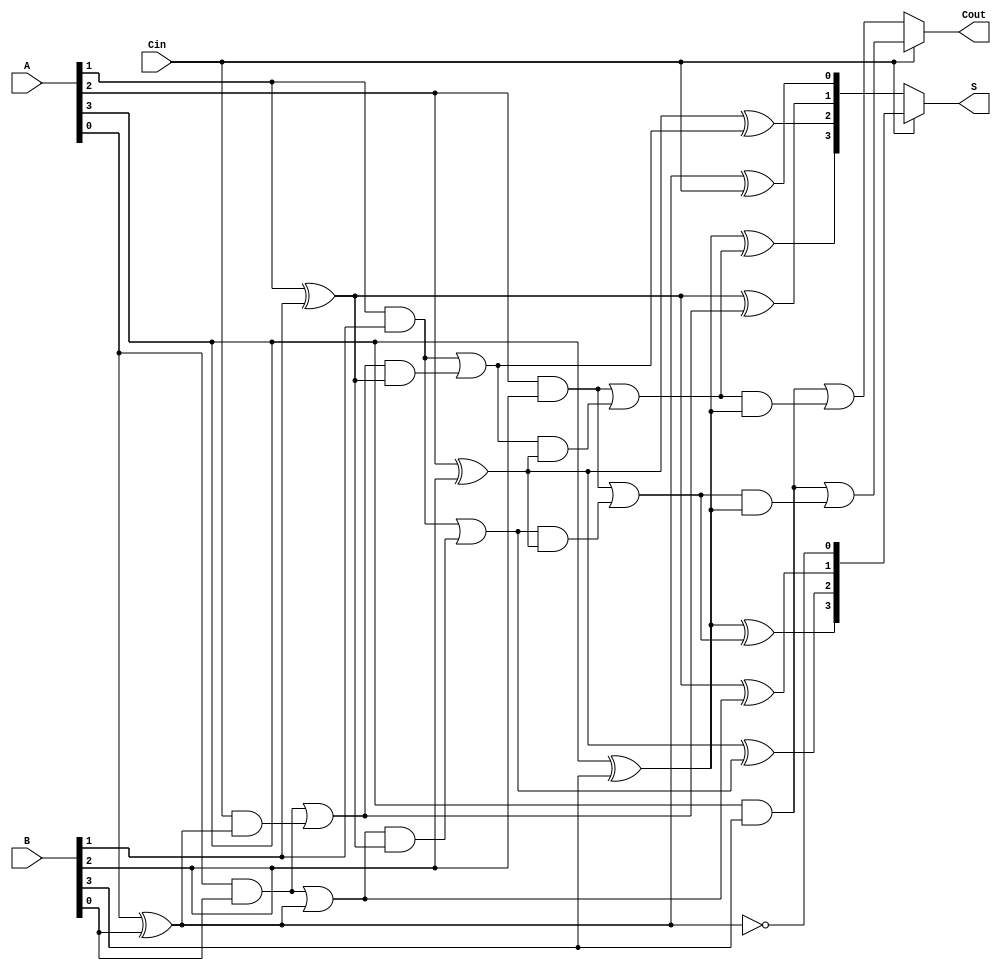
module CCSA #(parameter N = 4) (
    input  [N-1:0] A,      // First n-bit input
    input  [N-1:0] B,      // Second n-bit input
    input         Cin,      // Carry-in
    output [N-1:0] S,      // n-bit sum output
    output        Cout      // Carry-out
);

    // Intermediate signals
    wire [N:0] sum0, sum1; // Sums for Cin = 0 and Cin = 1
    wire [N:0] carry0, carry1; // Carries for Cin = 0 and Cin = 1

    // Generate sums and carries for both scenarios
    genvar i;
    generate
        for (i = 0; i < N; i = i + 1) begin : add_segment
            // Compute sum and carry assuming Cin = 0
            assign sum0[i] = A[i] ^ B[i] ^ carry0[i];
            assign carry0[i+1] = (A[i] & B[i]) | (carry0[i] & (A[i] ^ B[i]));

            // Compute sum and carry assuming Cin = 1
            assign sum1[i] = A[i] ^ B[i] ^ carry1[i];
            assign carry1[i+1] = (A[i] & B[i]) | (carry1[i] & (A[i] ^ B[i]));
        end
    endgenerate

    // Initial carry for both scenarios
    assign carry0[0] = Cin; // Carry in for Cin = 0 scenario
    assign carry1[0] = 1'b1; // Carry in for Cin = 1 scenario

    // Select the final sum and carry based on the carry from the previous segment
    assign S = (Cin) ? sum1 : sum0;
    assign Cout = (Cin) ? carry1[N] : carry0[N];

endmodule